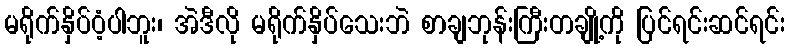
မရိုက်နှိပ်ဝံ့ပါဘူး၊ အဲဒီလို မရိုက်နှိပ်သေးဘဲ စာချဘုန်းကြီးတချို့ကို ပြင်ရင်းဆင်ရင်း